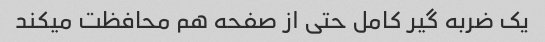
یک ضربه گیر کامل حتی از صفحه هم محافظت میکند